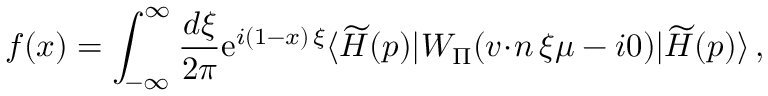
f ( x ) = \int _ { - \infty } ^ { \infty } \frac { d \xi } { 2 \pi } \mathrm { e } ^ { i ( 1 - x ) \, \xi } \langle \widetilde { H } ( p ) | W _ { \scriptstyle \Pi } ( { v \! \cdot \! n } \, \xi \mu - i 0 ) | \widetilde { H } ( p ) \rangle \, ,